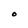
Character: O